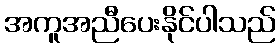
အကူအညီပေးနိုင်ပါသည်